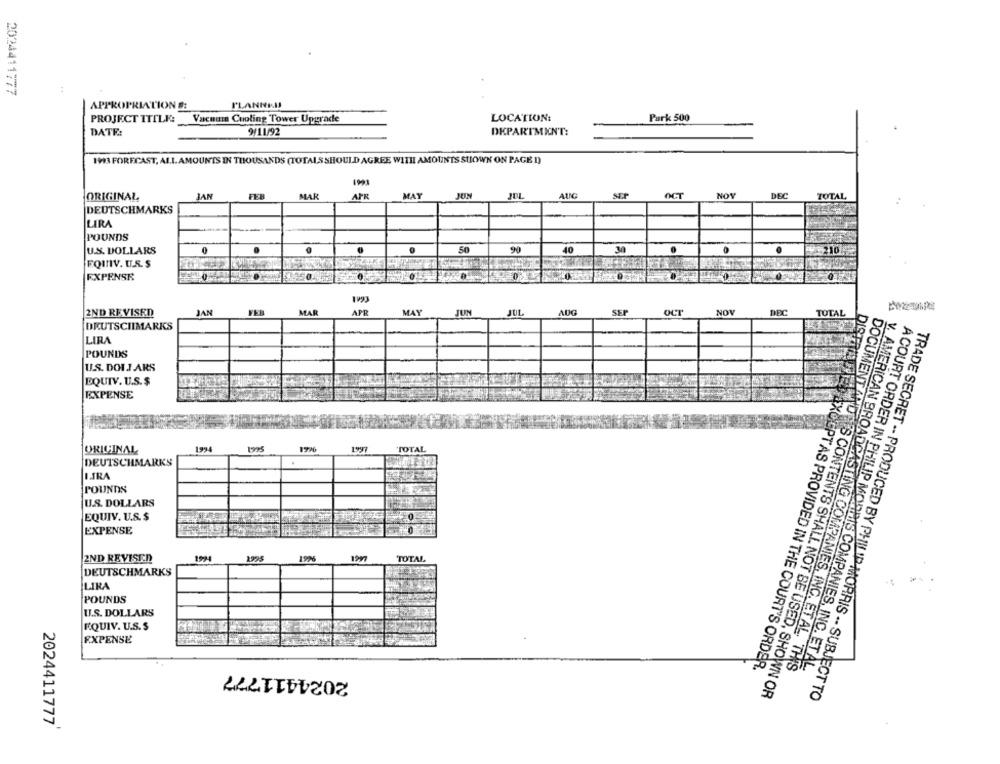
2024411777
APPROPRIATIONS:
I'LANNKI
PROJECT ITILE:
Vacuum Cooling Tower Upgrade
LOCATION:
Purk 500
DEPARTMENT:
DATE:
9/11/92
1993 FORECAST, ALL. AMOUNTS IN THOUSANDS (TOTALS SHOULD AGREE WITH AMOUNTS STIOWN ON PAGE D)
ORIGINAL
JAN
FEB
MAR
APR
MAY
JUN
JUL
OCT
NOV
DEC
TOTAL
DEUTSCHMARKS
LIRA
POUNDS
U.S. DOLLARS
0
50
40
30
e
10
FOINV. U.S. $
EXPENSE
1993
2ND REVISED
JAN
MAR
APR
MAY
JUN
JUL
AUG
SEP
NOV
DEC
TOTAL
DEUTSCHMARKS
LIRA
DISTRI
POUNDS
U.S. DOIJ ARS
EQUIV. U.S.$
EXPENSE
ORIGINAL
1994
1935
TOTAL
DEUTSCHMARKS
DIRA
POUNDS
U.S. DOLLARS
EQUIV. U.S.$
EXPENSE
2ND REVISED
2925
1976
1997
TOTAL
DEUTSCHMARKS
LIRA
POUNDS
U.S. DOLLARS
RQUIV. U.S.S
EXPENSE
A COURT ORDER IN PHILIP MORRIS COMPANIES, INC. ET AL
2024411777
OGPT AS PROVIDED IN THE COURT'S ORDER.
v. AMERICAN BROADCASTING COMPANIES, INC. ET AL. THIS
DOCUMENT AND AS CONTENTS SHALL NOT BE USED, SHOWN OR
TRADE SECRET -- PRODUCED BY PHILIP MORRIS -- SUBJECT TO
2024411777